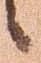
候